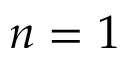
n = 1